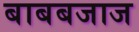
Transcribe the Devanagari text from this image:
बाबबजाज